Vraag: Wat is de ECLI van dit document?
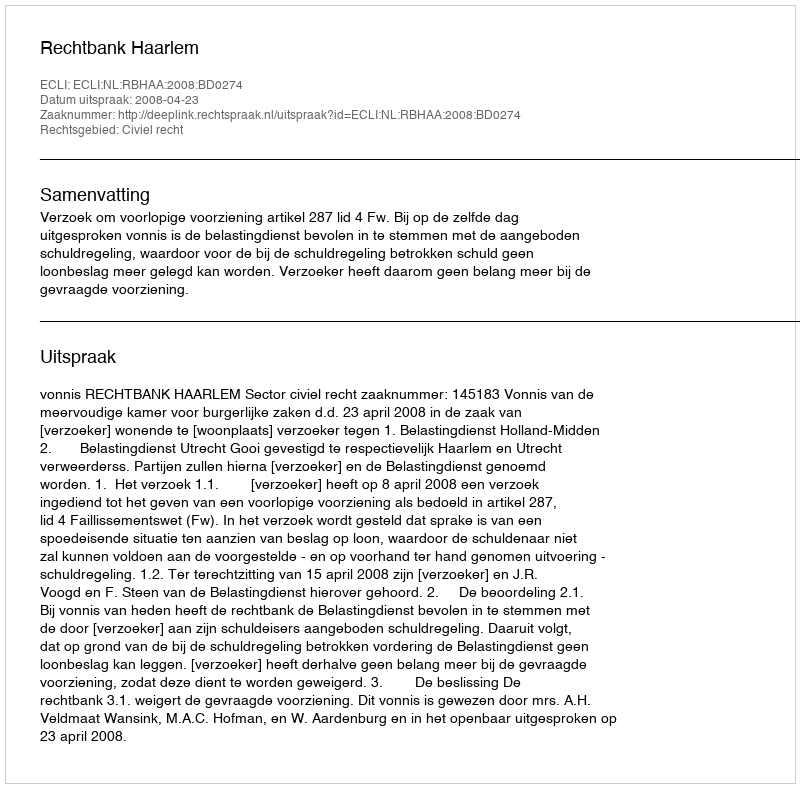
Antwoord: ECLI:NL:RBHAA:2008:BD0274